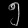
Digit: ၅